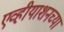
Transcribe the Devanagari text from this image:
एव्हीयाशनच्या